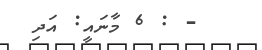
- : 6 މާނައީ: އަދި